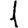
Digit: 1